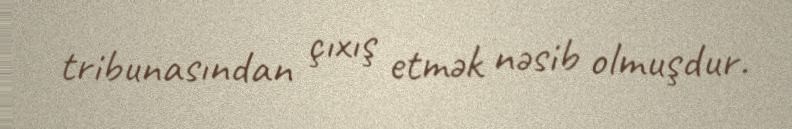
tribunasından çıxış etmək nəsib olmuşdur.